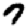
Digit: 7